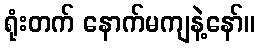
ရုံးတက် နောက်မကျနဲ့နော်။